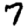
Digit: 7